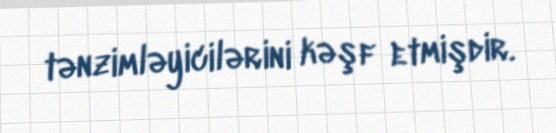
tənzimləyicilərini kəşf etmişdir.